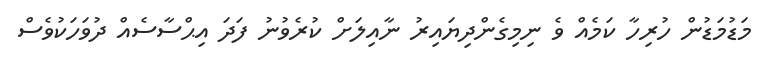
މަޑުމަޑުން ހުރިހާ ކަމެއް ވެ ނިމިގެންދިޔައިރު ނާއިލަށް ކުރެވުނު ފަދަ އިޙްސާސެއް ދުވަހަކުވެސް